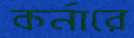
কর্নারে